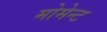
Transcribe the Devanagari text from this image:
मोमेन्ट